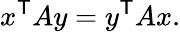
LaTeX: x^{\mathsf{T}}Ay=y^{\mathsf{T}}Ax.